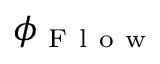
\phi _ { \mathrm { ~ F ~ l ~ o ~ w ~ } }